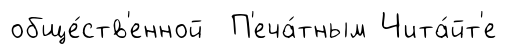
обще́ств'енной П'еча́тным Чита́йт'е